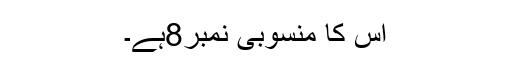
اس کا منسوبی نمبر8ہے۔